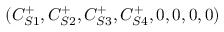
( C _ { S 1 } ^ { + } , C _ { S 2 } ^ { + } , C _ { S 3 } ^ { + } , C _ { S 4 } ^ { + } , 0 , 0 , 0 , 0 )